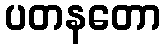
ပတနတော